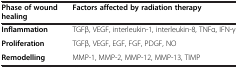
| Phase of wound healing | Factors affected by radiation therapy |
 | --- | --- |
 | Inflammation | TGFβ, VEGF, interleukin-1, interleukin-8, TNFα, IFN-γ |
 | Proliferation | TGFβ, VEGF, EGF, FGF, PDGF, NO |
 | Remodelling | MMP-1, MMP-2, MMP-12, MMP-13, TIMP |